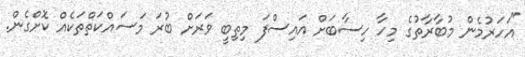
"އަހަރުމެން މުބާރާތުގެ މިހާ ހިސާބަށް އައިސްފަ މިތިބީ ވަރަށް ބުރަ މަސައްކަތްތަކެއް ކޮށްގެން.